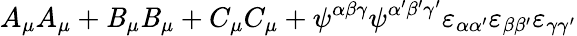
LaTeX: A_{\mu}A_{\mu}+\mathit{B}_{\mu}\mathit{B}_{\mu}+C_{\mu}C_{\mu}+\psi^{\alpha\beta\gamma}\psi^{\alpha^{\prime}\beta^{\prime}\gamma^{\prime}}\varepsilon_{\alpha\alpha^{\prime}}\varepsilon_{\beta\beta^{\prime}}\varepsilon_{\gamma\gamma^{\prime}}